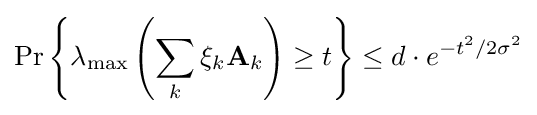
\Pr \left\{\lambda _{\text{max}}\left(\sum _{k}\xi _{k}\mathbf {A} _{k}\right)\geq t\right\}\leq d\cdot e^{-t^{2}/2\sigma ^{2}}